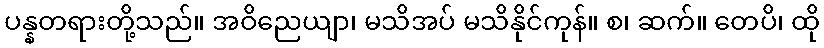
ပန္နတရားတို့သည်။ အဝိညေယျာ၊ မသိအပ် မသိနိုင်ကုန်။ စ၊ ဆက်။ တေပိ၊ ထို